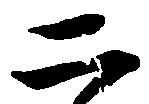
二